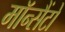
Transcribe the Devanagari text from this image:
मॉन्सैंटो